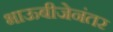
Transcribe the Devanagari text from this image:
भाऊबीजेनंतर